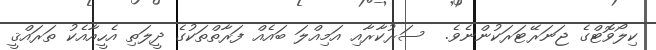
ކިލޯވޮޓްގެ ޖަނަރޭޓަރަކުންނެވެ.  ސަރުކާރާއި އަމިއްލަ ބައެއް ފަރާތްތަކުގެ ދީލަތި އެހީއާއެކު ތަރައްޤީ